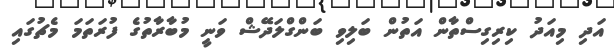
އަދި މިއަދު ކިރިގިސްތާން އަތުން ބަލިވި ބަންގްލަދޭޝް ވަނީ މުބާރާތުގެ ފުރަތަމަ މެޗުގައި